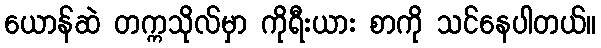
ယောန်ဆဲ တက္ကသိုလ်မှာ ကိုရီးယား စာကို သင်နေပါတယ်။